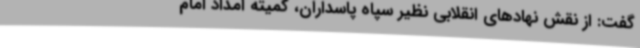
گفت: از نقش نهادهای انقلابی نظیر سپاه پاسداران، کمیته امداد امام